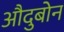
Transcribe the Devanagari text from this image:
औदुबोन